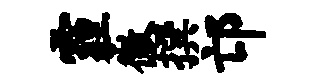
霾徽撰邙